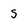
Character: S